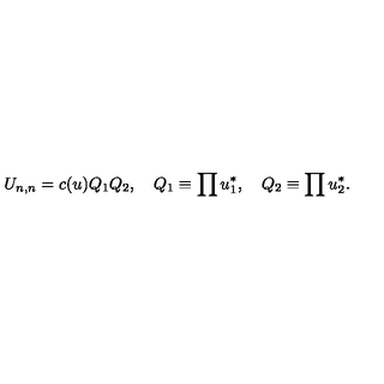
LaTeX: U _ { n , n } = c ( u ) Q _ { 1 } Q _ { 2 } , \quad Q _ { 1 } \equiv \prod u _ { 1 } ^ { * } , \quad Q _ { 2 } \equiv \prod u _ { 2 } ^ { * } .